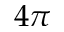
4 \pi